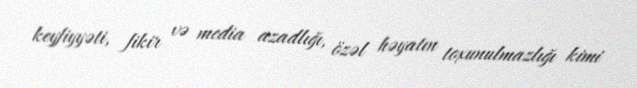
keyfiyyəti, fikir və media azadlığı, özəl həyatın toxunulmazlığı kimi